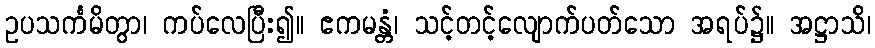
ဥပသင်္ကမိတွာ၊ ကပ်လေပြီး၍။ ဧကမန္တံ၊ သင့်တင့်လျောက်ပတ်သော အရပ်၌။ အဋ္ဌာသိ၊